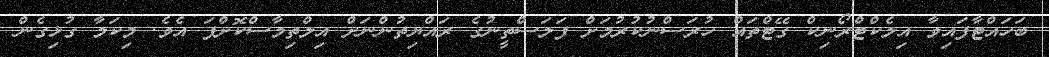
ބަހައްޓާފައިވާ އިލެކްޓްރޯނިކް ގޭޓްތައް ހުރަސްނުކުރުމަށް ފަލަސްތީނުގެ ރައްޔިތުންނަށް އިލްތިމާސްކޮށްފަ އެވެ. މިކަމާ ގުޅިގެން